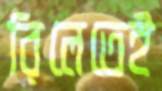
রিলেতেই